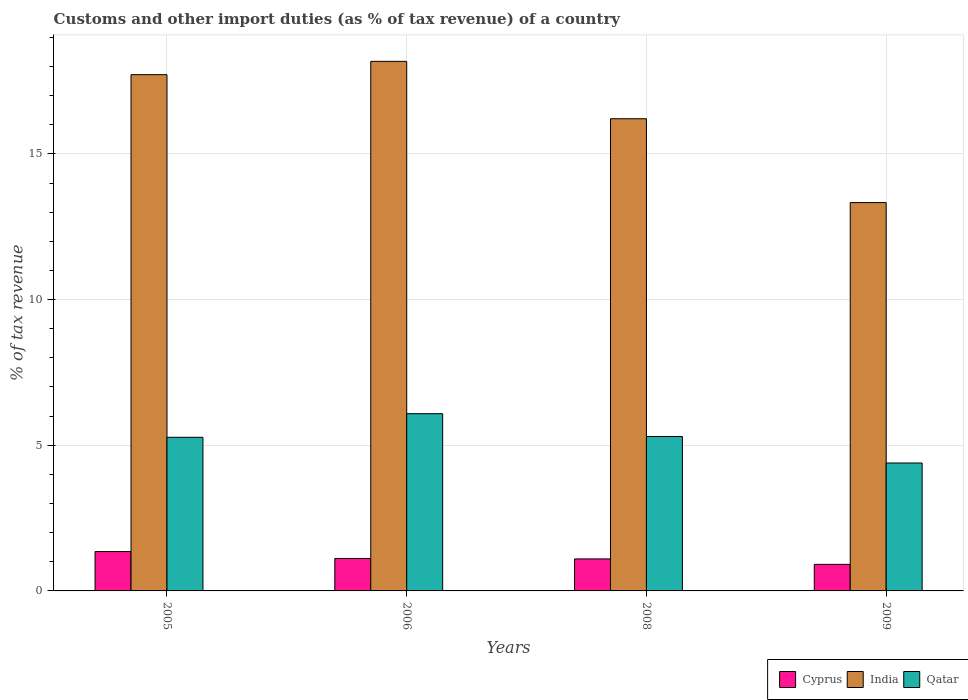
| Years | Cyprus | India | Qatar |
 | --- | --- | --- | --- |
 | 2005 | 1.35 | 17.7 | 5.27 |
 | 2006 | 1.11 | 18.2 | 6.08 |
 | 2008 | 1.1 | 16.2 | 5.3 |
 | 2009 | 0.911 | 13.3 | 4.39 |